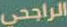
الراجحي